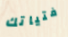
فتياتك